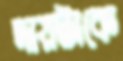
দায়টাকে